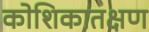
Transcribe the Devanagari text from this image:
कोशिकातक्षण